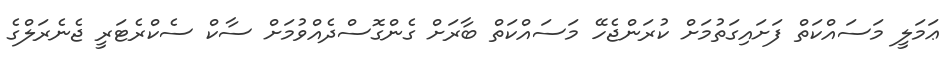
ޢަމަލީ މަސައްކަތް ފަށައިގަތުމަށް ކުރަންޖެހޭ މަސައްކަތް ބާރަށް ގެންގޮސްދެއްވުމަށް ސާކް ސެކްރެޓަރީ ޖެނެރަލްގެ